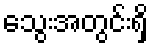
သွေးအတွင်းရှိ